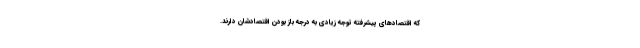
که اقتصادهای پیشرفته توجه زیادی به درجه باز بودن اقتصادشان دارند.